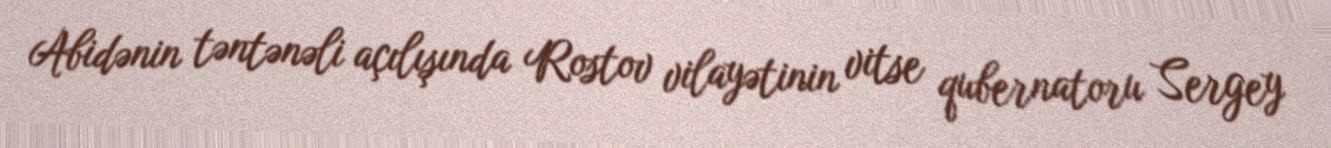
Abidənin təntənəli açılışında Rostov vilayətinin vitse qubernatoru Sergey